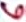
Text: 6